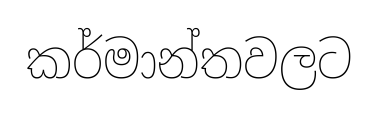
කර්මාන්තවලට